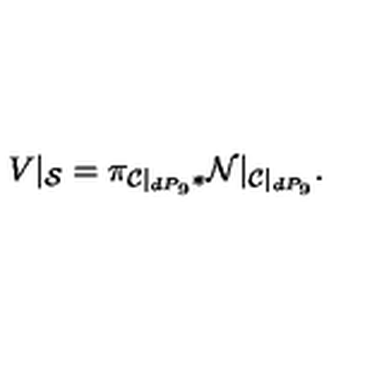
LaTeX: V | _ { { \cal S } } = \pi _ { { \cal C } | _ { d P _ { 9 } } * } { \cal N } | _ { { \cal { C } } | _ { d P _ { 9 } } } .